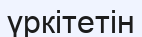
үркітетін